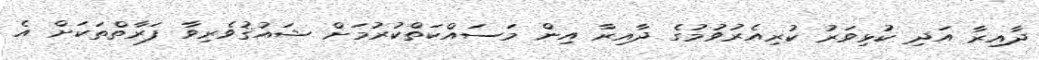
ދާއިރާ އަދި ކުޅިވަރު ކުރިއެރުވުމުގެ ދާއިރާ އިން މަސައްކަތްކުރުމަށް ޝައުޤުވެރިވާ ފަރާތްތަކަށް އެ